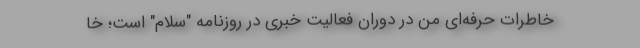
خاطرات حرفه‌ای من در دوران فعالیت خبری در روز‌نامه "سلام" است؛ خا